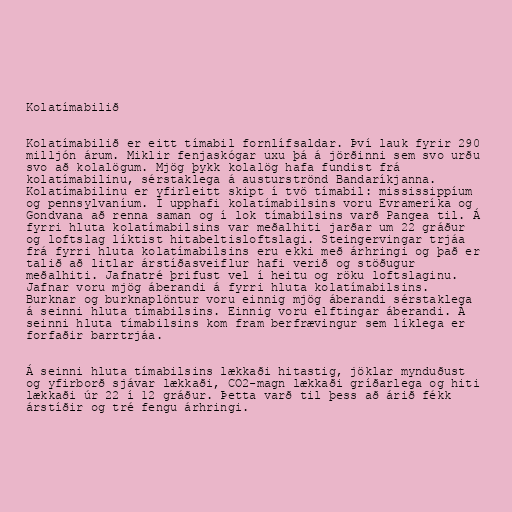
Kolatímabilið

Kolatímabilið er eitt tímabil fornlífsaldar. Því lauk fyrir 290
milljón árum. Miklir fenjaskógar uxu þá á jörðinni sem svo urðu
svo að kolalögum. Mjög þykk kolalög hafa fundist frá
kolatímabilinu, sérstaklega á austurströnd Bandaríkjanna.
Kolatímabilinu er yfirleitt skipt í tvö tímabil: mississippíum
og pennsylvaníum. Í upphafi kolatímabilsins voru Evrameríka og
Gondvana að renna saman og í lok tímabilsins varð Pangea til. Á
fyrri hluta kolatímabilsins var meðalhiti jarðar um 22 gráður
og loftslag líktist hitabeltisloftslagi. Steingervingar trjáa
frá fyrri hluta kolatímabilsins eru ekki með árhringi og það er
talið að litlar árstíðasveiflur hafi verið og stöðugur
meðalhiti. Jafnatré þrifust vel í heitu og röku loftslaginu.
Jafnar voru mjög áberandi á fyrri hluta kolatímabilsins.
Burknar og burknaplöntur voru einnig mjög áberandi sérstaklega
á seinni hluta tímabilsins. Einnig voru elftingar áberandi. Á
seinni hluta tímabilsins kom fram berfrævingur sem líklega er
forfaðir barrtrjáa.

Á seinni hluta tímabilsins lækkaði hitastig, jöklar mynduðust
og yfirborð sjávar lækkaði, CO2-magn lækkaði gríðarlega og hiti
lækkaði úr 22 í 12 gráður. Þetta varð til þess að árið fékk
árstíðir og tré fengu árhringi.